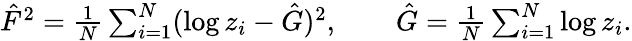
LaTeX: \begin{array}{r}{\hat{F}^{2}=\frac{1}{N}\sum_{i=1}^{N}(\log z_{i}-\hat{G})^{2},\qquad\hat{G}=\frac{1}{N}\sum_{i=1}^{N}\log z_{i}.}\end{array}